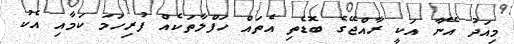
މިއަދު އޭނާ އަކީ ރާއްޖޭގެ ބޮޑެތި އެތައް ހަފްލާތަކެއް ފުރިހަމަ ކަމާއި އެކު